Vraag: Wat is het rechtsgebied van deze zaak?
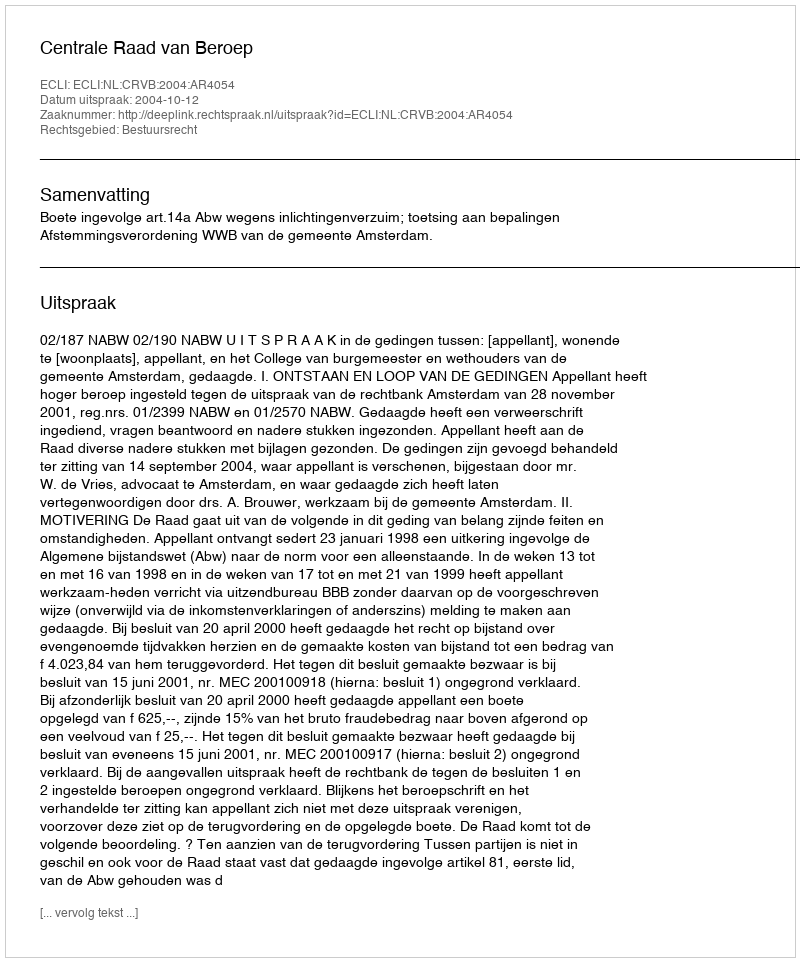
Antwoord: Bestuursrecht